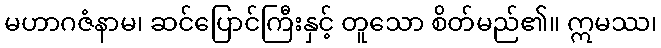
မဟာဂဇံနာမ၊ ဆင်ပြောင်ကြီးနှင့် တူသော စိတ်မည်၏။ ဣမဿ၊